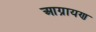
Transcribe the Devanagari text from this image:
आग्रायण